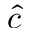
\hat { c }